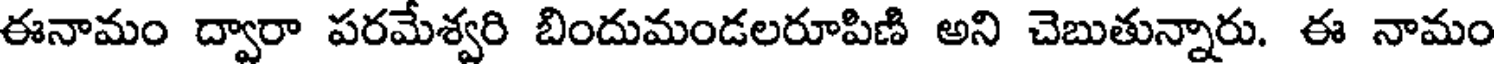
ఈనామం ద్వారా పరమేశ్వరి బిందుమండలరూపిణి అని చెబుతున్నారు. ఈ నామం